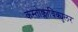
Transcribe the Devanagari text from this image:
कस्तोक्लाविक्युलर